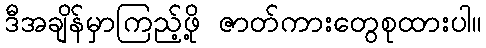
ဒီအချိန်မှာကြည့်ဖို့ ဇာတ်ကားတွေစုထားပါ။